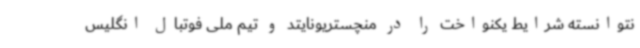
نتوانسته شرایط یکنواخت را در منچستریونایتد و تیم ملی فوتبال انگلیس